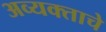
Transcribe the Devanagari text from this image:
अव्यक्ताचे